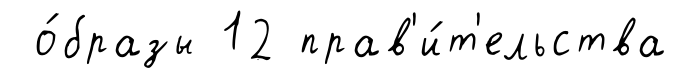
о́бразы 12 прав'и́т'ельства